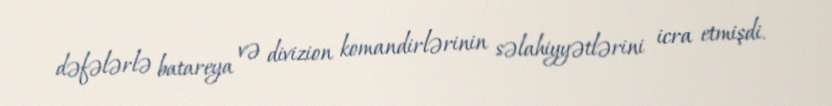
dəfələrlə batareya və divizion komandirlərinin səlahiyyətlərini icra etmişdi.